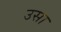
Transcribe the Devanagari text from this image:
उसा